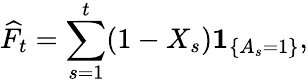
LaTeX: \widehat{F}_{t}=\sum_{s=1}^{t}(1-X_{s})\mathbf{1}_{\{ A_{s}=1\} },